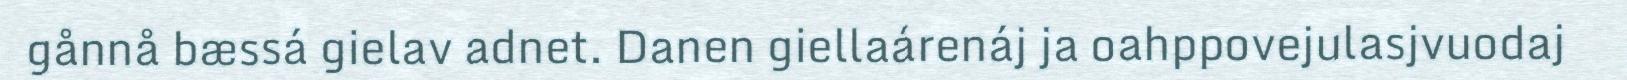
gånnå bæssá gielav adnet. Danen giellaárenáj ja oahppovejulasjvuodaj